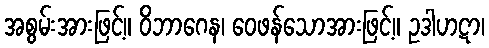
အစွမ်းအားဖြင့်။ ဝိဘာဂေန၊ ဝေဖန်သောအားဖြင့်။ ဥဒါဟဋာ၊